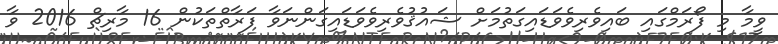
ވީމާ މި ފޯރަމްގައި ބައިވެރިވެވަޑައިގަތުމަށް ޝައުޤުވެރިވެވަޑައިގަންނަވާ ފަރާތްތަކުން 16 މާރިޗް 2016 ވާ